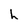
Character: h